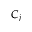
C _ { j }